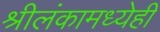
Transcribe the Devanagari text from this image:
श्रीलंकामध्येही